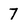
Character: 7